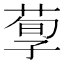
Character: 𱽸